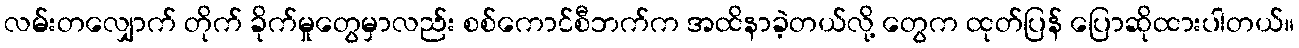
လမ်းတလျှောက် တိုက် ခိုက်မှုတွေမှာလည်း စစ်ကောင်စီဘက်က အထိနာခဲ့တယ်လို့ တွေက ထုတ်ပြန် ပြောဆိုထားပါတယ်။